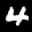
Label: 4